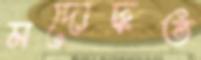
মদোদ্ধত